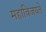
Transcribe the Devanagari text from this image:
महाविजयते